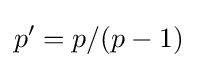
p'=p/(p-1)